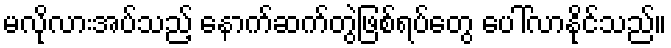
မလိုလားအပ်သည့် နောက်ဆက်တွဲဖြစ်ရပ်တွေ ပေါ်လာနိုင်သည်။